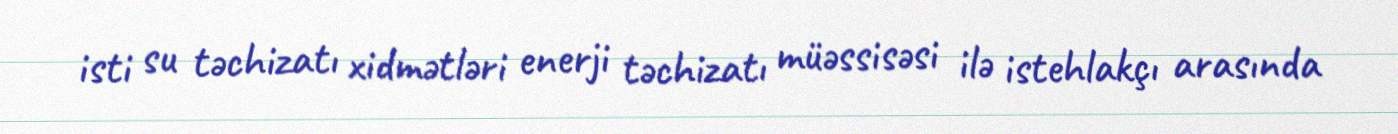
isti su təchizatı xidmətləri enerji təchizatı müəssisəsi ilə istehlakçı arasında